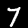
Label: 7